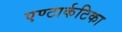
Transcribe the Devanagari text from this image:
एण्टार्कटिका